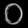
Digit: ၀